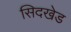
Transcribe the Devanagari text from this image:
सिदखेड